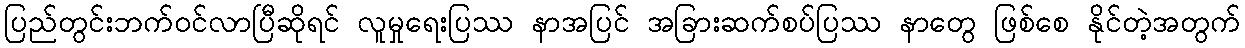
ပြည်တွင်းဘက်ဝင်လာပြီဆိုရင် လူမှုရေးပြဿ နာအပြင် အခြားဆက်စပ်ပြဿ နာတွေ ဖြစ်စေ နိုင်တဲ့အတွက်